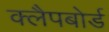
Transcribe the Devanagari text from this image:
क्लैपबोर्ड